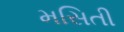
મસિતી